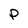
Character: P